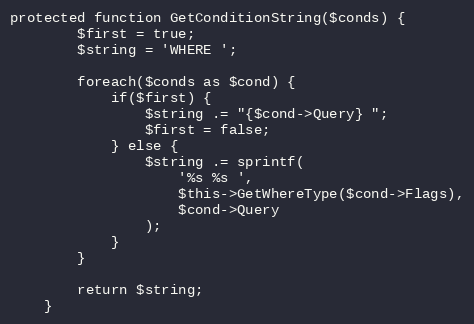
Language: PHP
protected function GetConditionString($conds) {
		$first = true;
		$string = 'WHERE ';

		foreach($conds as $cond) {
			if($first) {
				$string .= "{$cond->Query} ";
				$first = false;
			} else {
				$string .= sprintf(
					'%s %s ',
					$this->GetWhereType($cond->Flags),
					$cond->Query
				);
			}
		}

		return $string;
	}